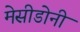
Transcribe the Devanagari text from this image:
मेसीडोनी